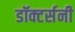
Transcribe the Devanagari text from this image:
डॉक्टर्सनी